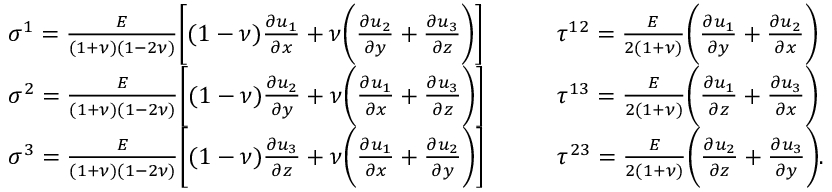
\begin{array} { r l } & { \sigma ^ { 1 } = \frac { E } { ( 1 + \nu ) ( 1 - 2 \nu ) } \bigg [ ( 1 - \nu ) \frac { \partial u _ { 1 } } { \partial x } + \nu \bigg ( \frac { \partial u _ { 2 } } { \partial y } + \frac { \partial u _ { 3 } } { \partial z } \bigg ) \bigg ] \qquad \quad \tau ^ { 1 2 } = \frac { E } { 2 ( 1 + \nu ) } \bigg ( \frac { \partial u _ { 1 } } { \partial y } + \frac { \partial u _ { 2 } } { \partial x } \bigg ) } \\ & { \sigma ^ { 2 } = \frac { E } { ( 1 + \nu ) ( 1 - 2 \nu ) } \bigg [ ( 1 - \nu ) \frac { \partial u _ { 2 } } { \partial y } + \nu \bigg ( \frac { \partial u _ { 1 } } { \partial x } + \frac { \partial u _ { 3 } } { \partial z } \bigg ) \bigg ] \qquad \quad \tau ^ { 1 3 } = \frac { E } { 2 ( 1 + \nu ) } \bigg ( \frac { \partial u _ { 1 } } { \partial z } + \frac { \partial u _ { 3 } } { \partial x } \bigg ) } \\ & { \sigma ^ { 3 } = \frac { E } { ( 1 + \nu ) ( 1 - 2 \nu ) } \bigg [ ( 1 - \nu ) \frac { \partial u _ { 3 } } { \partial z } + \nu \bigg ( \frac { \partial u _ { 1 } } { \partial x } + \frac { \partial u _ { 2 } } { \partial y } \bigg ) \bigg ] \qquad \quad \tau ^ { 2 3 } = \frac { E } { 2 ( 1 + \nu ) } \bigg ( \frac { \partial u _ { 2 } } { \partial z } + \frac { \partial u _ { 3 } } { \partial y } \bigg ) . } \end{array}